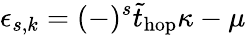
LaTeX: \epsilon_{s,k}=(-)^{s}\tilde{t}_{\mathrm{hop}}\kappa-\mu